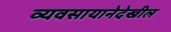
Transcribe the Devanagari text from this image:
व्यवसायानेदेखील